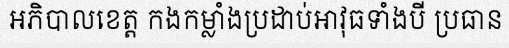
អភិបាលខេត្ត កងកម្លាំងប្រដាប់អាវុធទាំងបី ប្រធាន